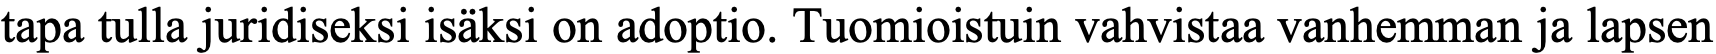
tapa tulla juridiseksi isäksi on adoptio. Tuomioistuin vahvistaa vanhemman ja lapsen